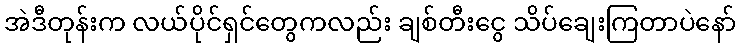
အဲဒီတုန်းက လယ်ပိုင်ရှင်တွေကလည်း ချစ်တီးငွေ သိပ်ချေးကြတာပဲနော်